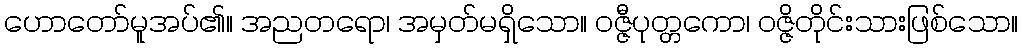
ဟောတော်မူအပ်၏။ အညတရော၊ အမှတ်မရှိသော။ ဝဇ္ဇီပုတ္တကော၊ ဝဇ္ဇိတိုင်းသားဖြစ်သော။